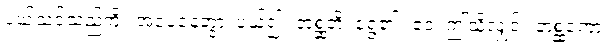
ပယ်သင့်သည်ကို။ အပေနေတွာ၊ ပယ်၍။ တစ္ဆတိ၊ ရွေ၏။ ဧဝံ၊ ဤသို့လျှင်။ တစ္ဆကော၊